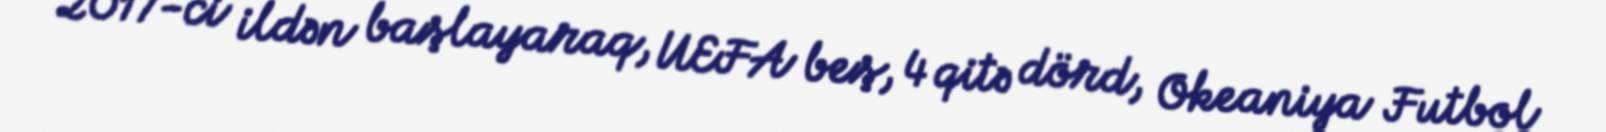
2017-ci ildən başlayaraq, UEFA beş, 4 qitə dörd, Okeaniya Futbol